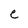
Character: e